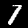
Label: 1